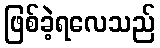
ဖြစ်ခဲ့ရလေသည်